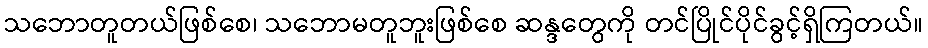
သဘောတူတယ်ဖြစ်စေ၊ သဘောမတူဘူးဖြစ်စေ ဆန္ဒတွေကို တင်ပြိုင်ပိုင်ခွင့်ရှိကြတယ်။